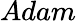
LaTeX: Adam